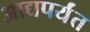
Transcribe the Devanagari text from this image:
आद्यपर्यंत